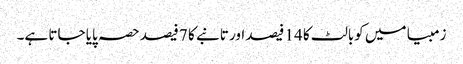
زمبیا میں کوبالٹ کا 14 فیصد اور تانبے کا 7 فیصد حصہ پایا جاتا ہے۔